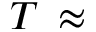
T \, \approx